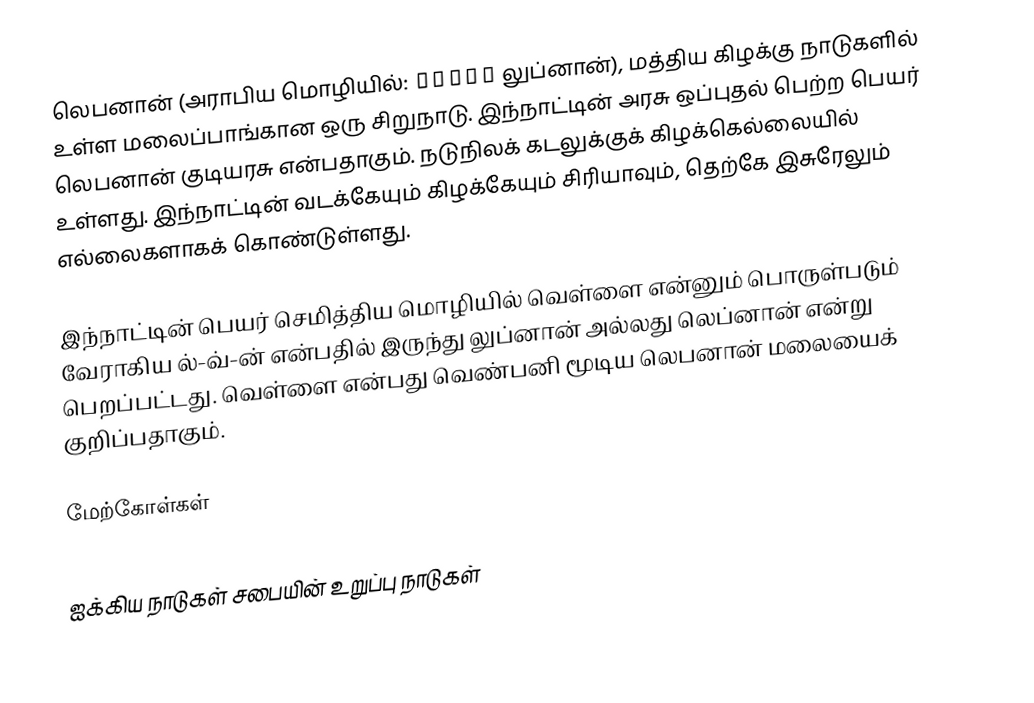
லெபனான் (அராபிய மொழியில்: لبنان லுப்னான்), மத்திய கிழக்கு நாடுகளில் உள்ள மலைப்பாங்கான ஒரு சிறுநாடு. இந்நாட்டின் அரசு ஒப்புதல் பெற்ற பெயர் லெபனான் குடியரசு என்பதாகும். நடுநிலக் கடலுக்குக் கிழக்கெல்லையில் உள்ளது. இந்நாட்டின் வடக்கேயும் கிழக்கேயும் சிரியாவும், தெற்கே இசுரேலும் எல்லைகளாகக் கொண்டுள்ளது.

இந்நாட்டின் பெயர் செமித்திய மொழியில் வெள்ளை என்னும் பொருள்படும் வேராகிய ல்-வ்-ன் என்பதில் இருந்து லுப்னான் அல்லது லெப்னான் என்று பெறப்பட்டது. வெள்ளை என்பது வெண்பனி மூடிய லெபனான் மலையைக் குறிப்பதாகும்.

மேற்கோள்கள்

ஐக்கிய நாடுகள் சபையின் உறுப்பு நாடுகள்